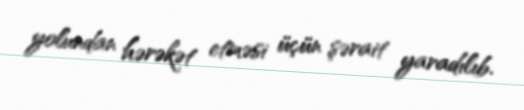
yolundan hərəkət etməsi üçün şərait yaradılıb.